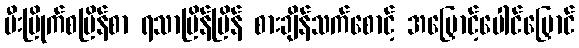
မီးမြိုက်စမြိန်စာ ရသာမြိန်မြိန် စားချိန်သက်စောင့် အမြှောင့်ပေါင်မြှောင်